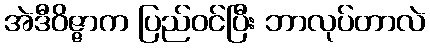
အဲဒီဝိဇ္ဇာက ပြည်ဝင်ပြီး ဘာလုပ်တာလဲ